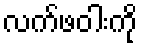
လက်ဖဝါးကို